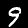
Digit: 9